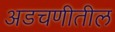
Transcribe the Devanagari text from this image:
अडचणीतील